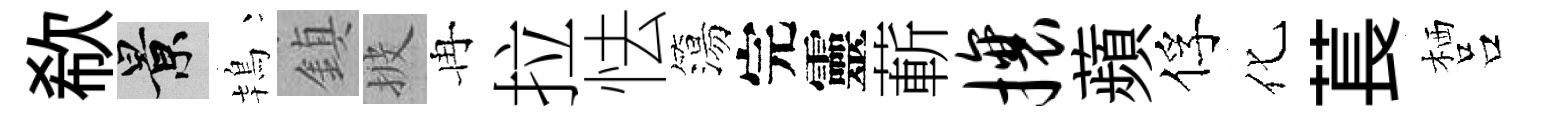
欷景鴇鎮披冉拉怯簜完靈蔪攘蘋俘化萇栖吕